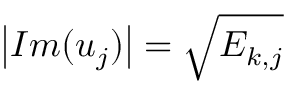
\left| I m ( u _ { j } ) \right| = \sqrt { E _ { k , j } }